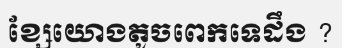
ខ្សែយោងតូចពេកទេដឹង ?